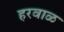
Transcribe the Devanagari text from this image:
हरवाळ